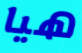
هيا